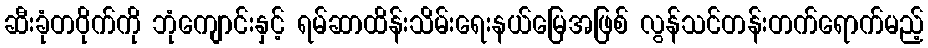
ဆီးခုံတဝိုက်ကို ဘုံကျောင်းနှင့် ရမ်ဆာထိန်းသိမ်းရေးနယ်မြေအဖြစ် လွန်သင်တန်းတက်ရောက်မည့်